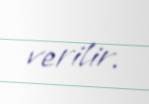
verilir.